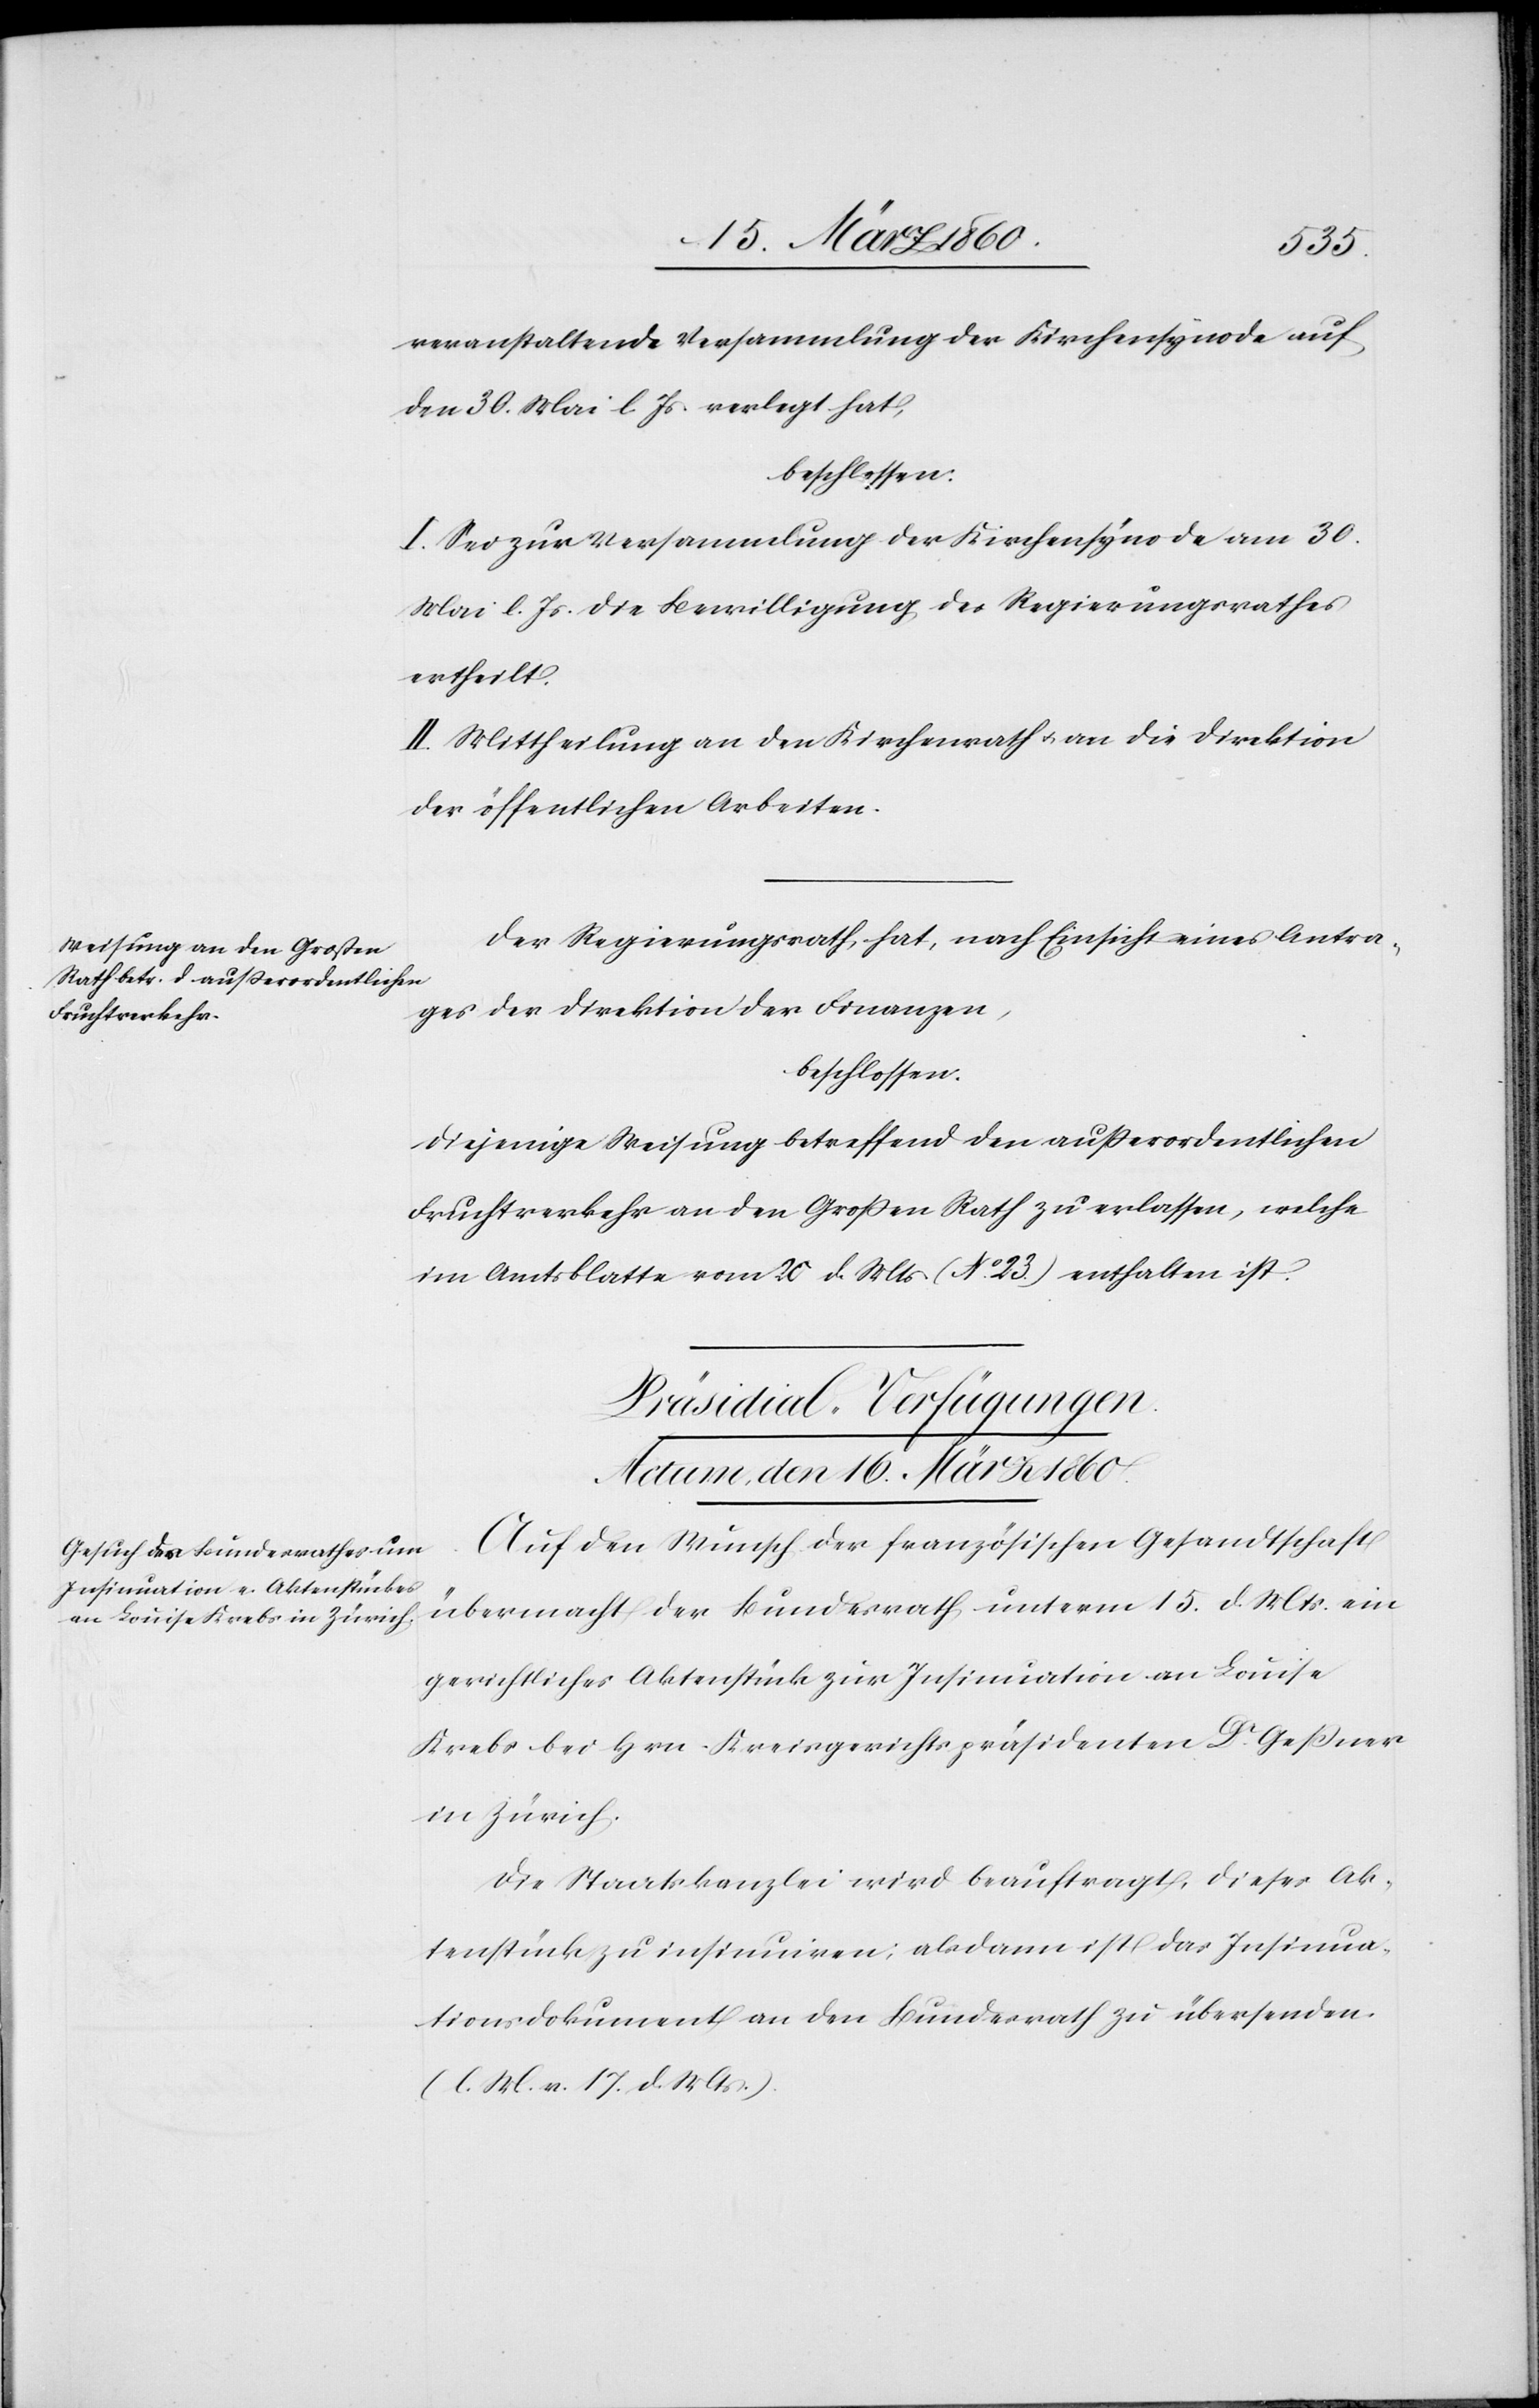
veranstaltende Versammlung der Kirchensynode auf
den 30. Mai l. Js. verlegt hat,
beschlossen:
I. Sei zur Versammlung der Kirchensynode vom 30.
Mai l. Js. die Bewilligung des Regierungsrathes
ertheilt.
II. Mittheilung an den Kirchenrath u. an die Direktion
der öffentlichen Arbeiten.
Der Regierungsrath hat, nach Einsicht eines Antra¬
ges der Direktion der Finanzen,
beschlossen:
Diejenige Weisung betreffend den ausserordentlichen
Fruchtverkehr an den Grossen Rath zu erlassen, welche
im Amtsblatte vom 20. d. Mts. [No 23.] enthalten ist.
Präsidial-Verfügungen.
Actum, den 16. März 1860.
Auf den Wunsch der französischen Gesandtschaft
übermacht der Bundesrath unterm 15. d. Mts. ein
gerichtliches Aktenstück zur Insinuation an Louise
Krebs bei Hrn. Kreisgerichtspräsidenten Dr Gessner
in Zürich.